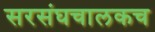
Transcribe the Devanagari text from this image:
सरसंघचालकच